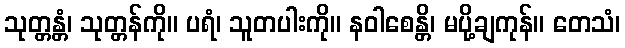
သုတ္တန္တံ၊ သုတ္တန်ကို။ ပရံ၊ သူတပါးကို။ နဝါစေန္တိ၊ မပို့ချကုန်။ တေသံ၊